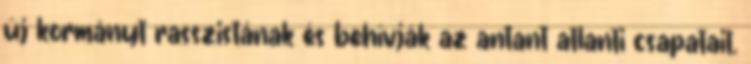
új kormányt rasszistának és behívják az antant atlanti csa­pa­tait.